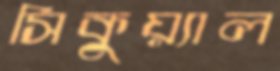
সিকুয়্যাল